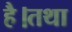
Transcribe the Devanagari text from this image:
है।तथा